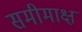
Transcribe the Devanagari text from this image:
समीमाक्ष